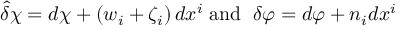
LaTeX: \widehat { \delta } \chi = d \chi + \left( w _ { i } + \zeta _ { i } \right) d x ^ { i } \; \mathrm { a n d ~ } \; \delta \varphi = d \varphi + n _ { i } d x ^ { i }